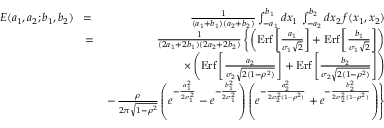
\begin{array} { r l r } { E ( a _ { 1 } , a _ { 2 } ; b _ { 1 } , b _ { 2 } ) } & { \! = \! } & { { \frac { 1 } { ( a _ { 1 } + b _ { 1 } ) ( a _ { 2 } + b _ { 2 } ) } } \int _ { - a _ { 1 } } ^ { b _ { 1 } } d x _ { 1 } \, \int _ { - a _ { 2 } } ^ { b _ { 2 } } d x _ { 2 } \, f ( x _ { 1 } , x _ { 2 } ) } \\ & { = } & { { \frac { 1 } { ( 2 a _ { 1 } + 2 b _ { 1 } ) ( 2 a _ { 2 } + 2 b _ { 2 } ) } } \left\{ \left( \mathrm { E r f } \left[ { \frac { a _ { 1 } } { \sigma _ { 1 } \sqrt 2 } } \right] + \mathrm { E r f } \left[ { \frac { b _ { 1 } } { \sigma _ { 1 } \sqrt 2 } } \right] \right) \right. } \\ & { } & { \times \left( \mathrm { E r f } \left[ { \frac { a _ { 2 } } { \sigma _ { 2 } \sqrt { 2 ( 1 - \rho ^ { 2 } ) } } } \right] + \mathrm { E r f } \left[ { \frac { b _ { 2 } } { \sigma _ { 2 } \sqrt { 2 ( 1 - \rho ^ { 2 } ) } } } \right] \right) } \\ & { } & { \left. - \, { \frac { \rho } { 2 \pi \sqrt { 1 - \rho ^ { 2 } } } } \left( e ^ { - { \frac { a _ { 1 } ^ { 2 } } { 2 \sigma _ { 1 } ^ { 2 } } } } - e ^ { - { \frac { b _ { 1 } ^ { 2 } } { 2 \sigma _ { 1 } ^ { 2 } } } } \right) \left( e ^ { - { \frac { a _ { 2 } ^ { 2 } } { 2 \sigma _ { 2 } ^ { 2 } ( 1 - \rho ^ { 2 } ) } } } + e ^ { - { \frac { b _ { 2 } ^ { 2 } } { 2 \sigma _ { 2 } ^ { 2 } ( 1 - \rho ^ { 2 } ) } } } \right) \right\} } \end{array}